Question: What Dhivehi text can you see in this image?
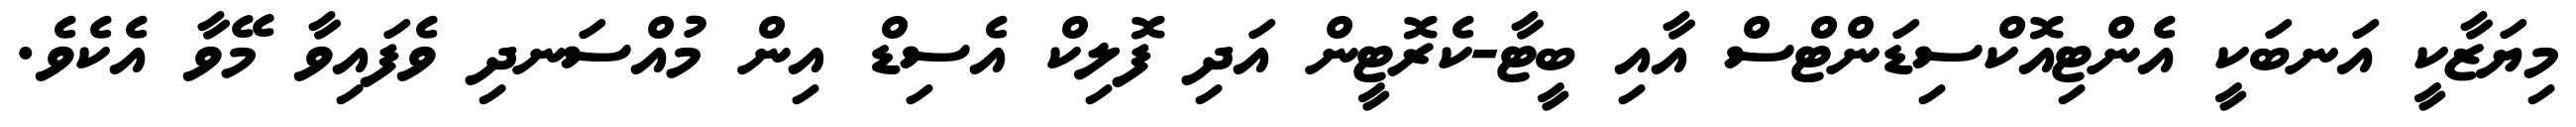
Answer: މިޔަޒާކީ އަނބަކީ އެންޓިއޮކްސިޑަންޓްސް އާއި ބީޓާ-ކެރޮޓީން އަދި ފޮލިކް އެސިޑް އިން މުއްސަނދި ވެފައިވާ މޭވާ އެކެވެ.